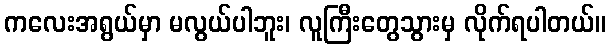
ကလေးအရွယ်မှာ မလွယ်ပါဘူး၊ လူကြီးတွေသွားမှ လိုက်ရပါတယ်။